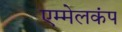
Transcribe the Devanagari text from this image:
एम्मेलकंप